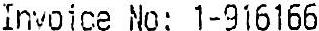
INVOICE NO: 1-916166